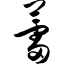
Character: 蕾